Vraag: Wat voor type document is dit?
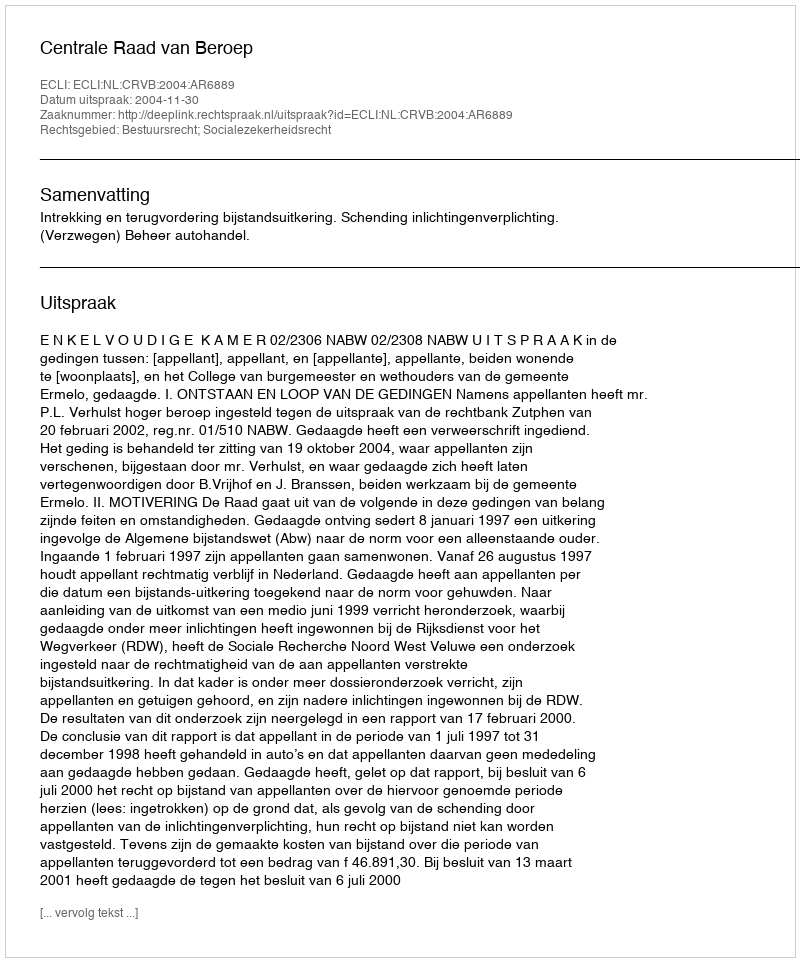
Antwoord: Uitspraak